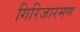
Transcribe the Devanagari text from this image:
गिरिजारमण